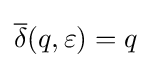
{\overline {\delta }}(q,\varepsilon )=q